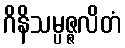
ဂိနိသမ္ပဇ္ဇလိတံ